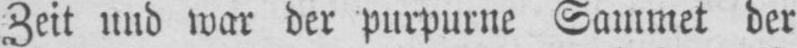
Zeit und war der purpurne Sammet der